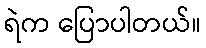
ရဲက ပြောပါတယ်။